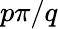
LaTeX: p\pi/q